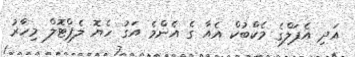
އަދި އެޕަލްގެ މެކްބުކް އެއާ ގެ އެންމެ އަގު ހެޔޮ ލެޕްޓޮލް މިހާރު